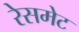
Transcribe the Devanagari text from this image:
रेसमेट